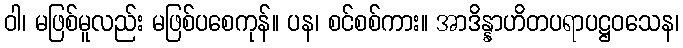
ဝါ၊ မဖြစ်မူလည်း မဖြစ်ပစေကုန်။ ပန၊ စင်စစ်ကား။ အာဒိန္နာဟိတပရာပဋ္ဌဝသေန၊